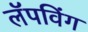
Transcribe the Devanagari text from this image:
लॅपविंग